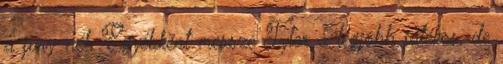
a jury-nél. Egyébként messze Tyler a legjobb játékos, de